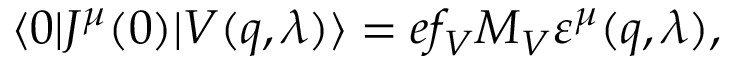
\langle 0 | J ^ { \mu } ( 0 ) | V ( q , \lambda ) \rangle = e f _ { V } M _ { V } \varepsilon ^ { \mu } ( q , \lambda ) ,